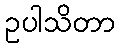
ဥပါသိတာ